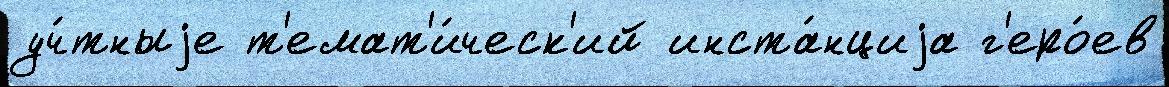
уч́тныjе т'емат'и́ческ'ий инста́нциjа г'еро́ев